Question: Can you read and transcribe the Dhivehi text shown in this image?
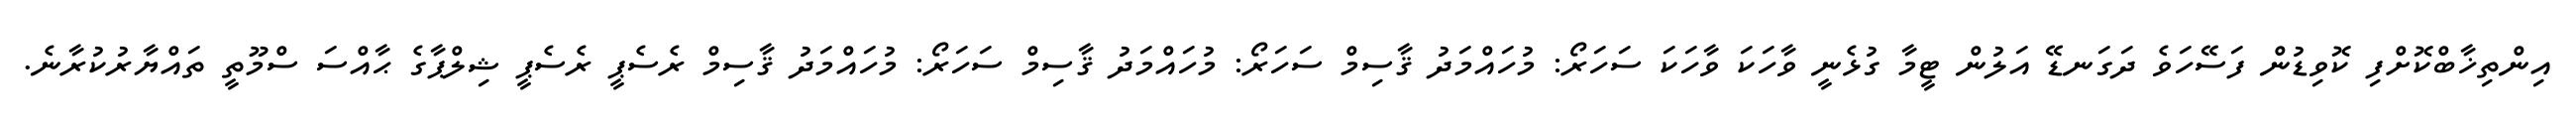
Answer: އިންތިޚާބްކޮށްފި ކޮވިޑުން ފަސޭހަވެ ދަގަނޑޭ އަލުން ޓީމާ ގުޅެނީ ވާހަކަ ވާހަކަ ސަހަރޯ: މުހައްމަދު ޤާސިމް ސަހަރޯ: މުހައްމަދު ޤާސިމް ސަހަރޯ: މުހައްމަދު ޤާސިމް ރެސެޕީ ރެސެޕީ ޝިލްޕާގެ ޙާއްސަ ސްމޫތީ ތައްޔާރުކުރާނެ.